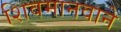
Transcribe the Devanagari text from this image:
शिवमानवाने